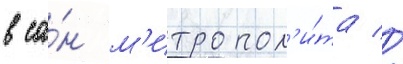
в са́н м'итропол'и́та //